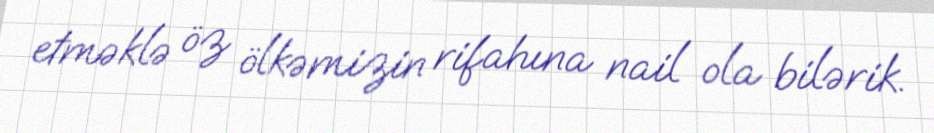
etməklə öz ölkəmizin rifahına nail ola bilərik.